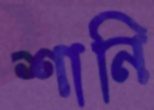
শানি